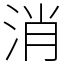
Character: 消